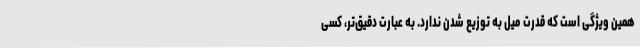
همین ویژگی است که قدرت میل به توزیع شدن ندارد. به عبارت دقیق‌تر، کسی